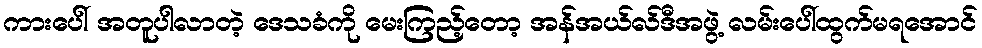
ကားပေါ် အတူပါလာတဲ့ ဒေသခံကို မေးကြည့်တော့ အန်အယ်လ်ဒီအဖွဲ့ လမ်းပေါ်ထွက်မရအောင်